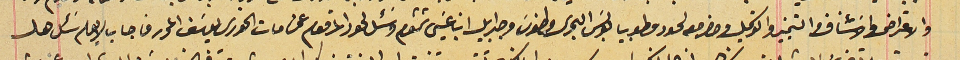
والاعتراض والاسَتئناف والتمييز والتوكيل وحضر معه لحود وطوبيا بولسَ البحرى وطنوسَ وجبرايل ابن عيسَى شمشوم وسَئل لحود المرقوم عن ممات الخورى يوسَف المحرر فاجاب لا يعلم سَئل هل